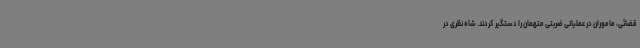
قضائی، ماموران در عملیاتی ضربتی متهمان را دستگیر کردند. شاه نظری در